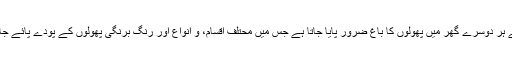
آیون کے ہر دوسرے گھر میں پھولوں کا باغ ضرور پایا جاتا ہے جس میں محتلف اقسام، و انواع اور رنگ برنگی پھولوں کے پودے پائے جاتے ہیں۔